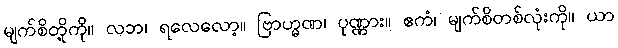
မျက်စိတို့ကို။ လဘ၊ ရလေလော့။ ဗြာဟ္မဏ၊ ပုဏ္ဏား။ ဧကံ၊ မျက်စိတစ်လုံးကို။ ယာ